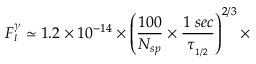
F _ { _ { I } } ^ { \gamma } \simeq 1 . 2 \times 1 0 ^ { - 1 4 } \times \left( \frac { 1 0 0 } { N _ { s p } } \times \frac { 1 \; s e c } { \tau _ { _ { 1 / 2 } } } \right) ^ { 2 / 3 } \times